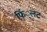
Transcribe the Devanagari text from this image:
फिं्लट